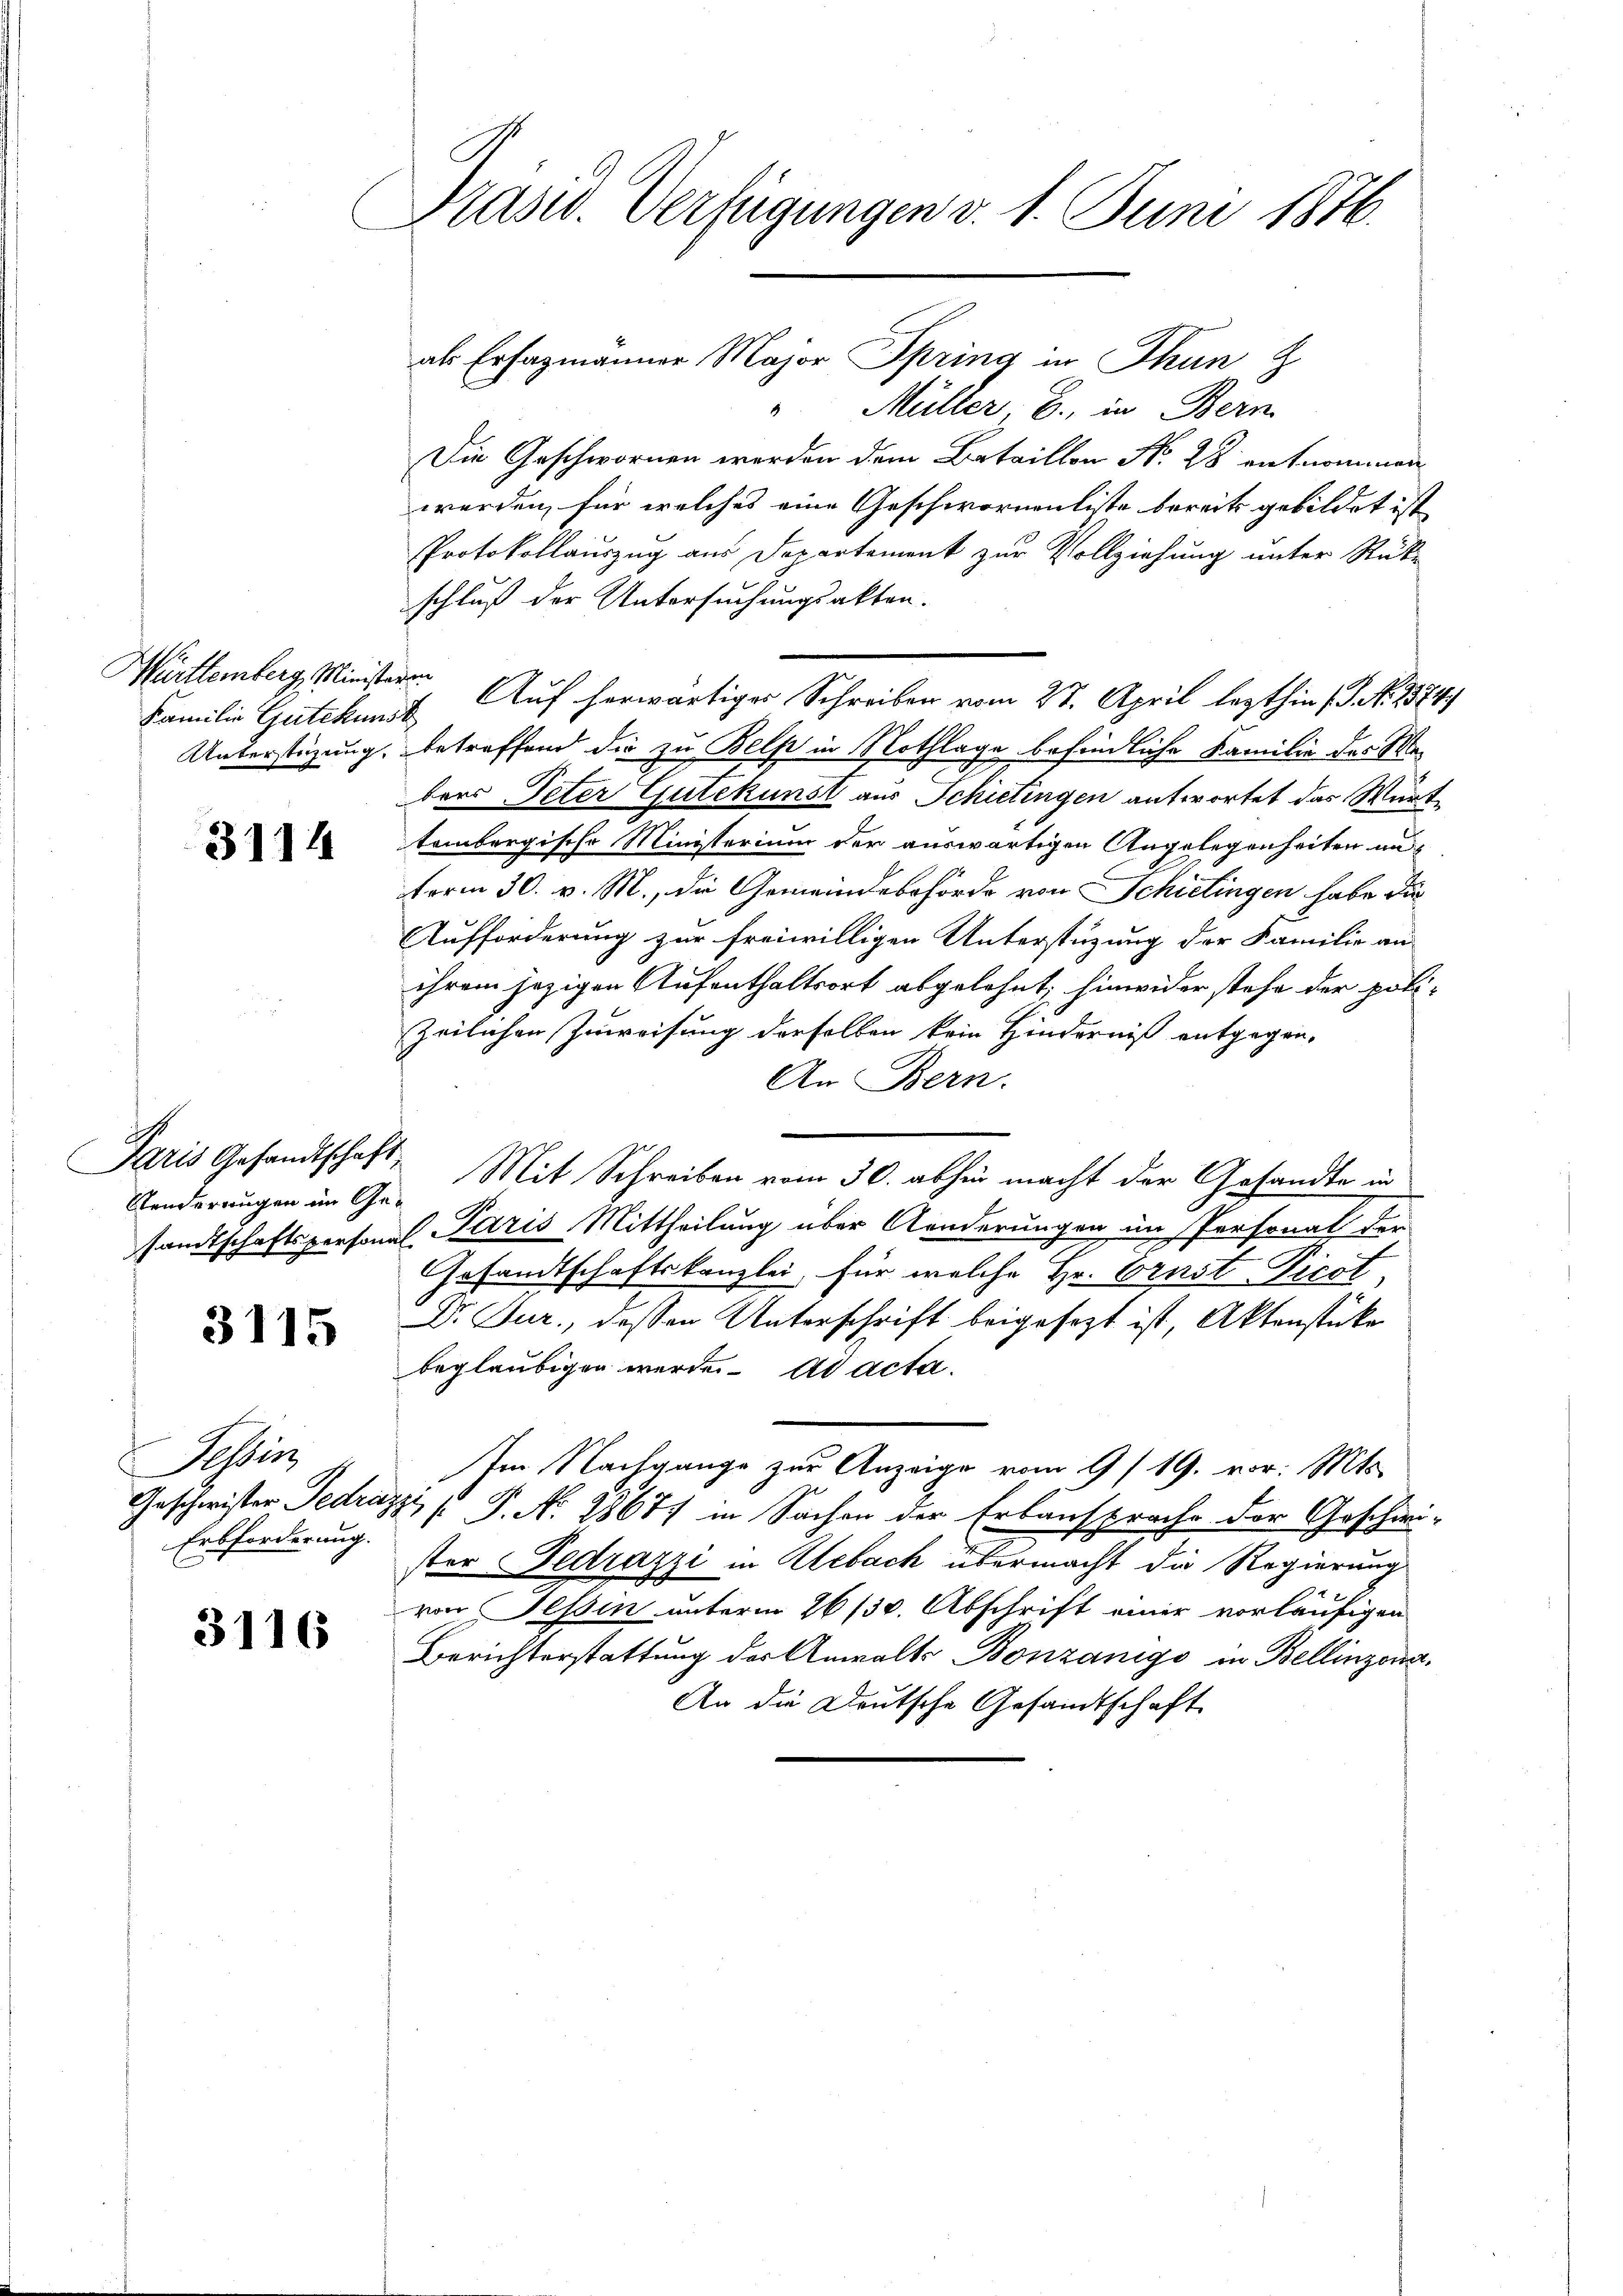
Württemberg, Ministerin

3114

F
Faris Gesandtschaft
Sonderungen im Ge¬

3115

Tessin
Erbforderung.

3116

Präsid. Verfügungen v. 1. Juni 1876.

als Erhazmänner Major Spring in Thun z
" Müller B. in Bern
Die Geschwornen werden dem Bataillon No 28 entnommen
werden, für welches eine Geschwornenliste bereits gebildet ist
Protokollauszug aus Departement zur Vollziehung unter Rücke
schluß der Untersuchungsakten.
Unterstüzung, betreffend die zu Belf in Nothlage befindliche Familie des Mebers Peter Gutekunst aus Schietingen antwortet das Würte
tembergische Ministerium der auswärtigen Angelegenheiten anterm 30. v. M., die Gemeindebehörde von Schietingen habe dur
Aufforderung zur freiwilligen Unterstüzung der Familie an
ihrem jezigen Aufenthaltsort abgelehnt; hinwider stehe der polizeilichen Zuweisung derselben kein Hinderniß entgegen,
An Bern.
e
Mit Schreiben vom 30. abhin macht der Gesandte in
samtschaftspersonal Paris Mittheilung über Aenderungen im Personal der
Gesandtschaftskanzlei, für welche Hr. Ernst Picot
Dr. Jur., dessen Unterschrift beigesezt ist, Aktenstücke
beglaubigen werde. ad acta.
Im Nachgange zur Anzeige vom 9/19. vor. Mts.
Geschwister Jedrázzi [ P. Nr. 28677 in Sachen der Erbansprache der Geschwister Gedrazzi in Hebach übermacht die Regierung
von Tessin unterm 26/30. Abschrift einer vorläufigen
Berichterstattung der Anwalts Bonzanigo in Bellinzona,
An die Deutsche Gesandtschaft

Familie Gutekunst. Auf herwärtiger Schreiben vom 27. April lezthin (S. No. 1874.